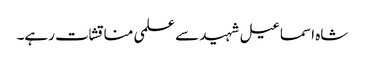
شاہ اسماعیل شہید سے علمی مناقشات رہے۔